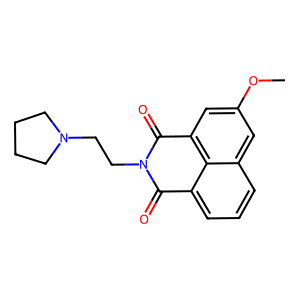
SMILES: COc1cc2c3c(cccc3c1)C(=O)N(CCN1CCCC1)C2=O
Inhibits HIV replication: No